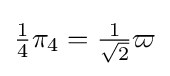
{\tfrac {1}{4}}\pi _{4}={\tfrac {1}{\sqrt {2}}}\varpi